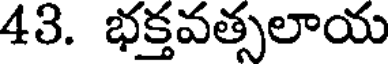
43. భక్తవత్సలాయ